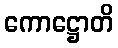
ကောဋ္ဌောတိ